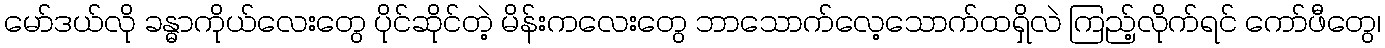
မော်ဒယ်လို ခန္ဓာကိုယ်လေးတွေ ပိုင်ဆိုင်တဲ့ မိန်းကလေးတွေ ဘာသောက်လေ့သောက်ထရှိလဲ ကြည့်လိုက်ရင် ကော်ဖီတွေ၊